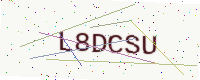
Text: L8DCSU